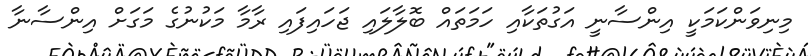
މިނިވަންކަމަކީ އިންސާނީ އަގުތަކާއި ހަމަތައް ބޮލާލައި ޖަހައިފައި ރާމާ މަކުނުގެ މަގަށް އިންސާނާ